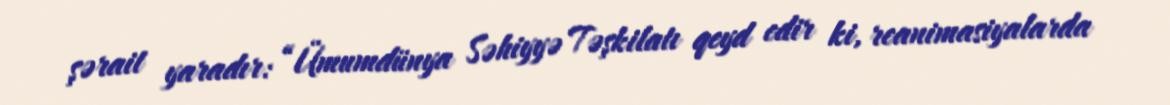
şərait yaradır: “Ümumdünya Səhiyyə Təşkilatı qeyd edir ki, reanimasiyalarda